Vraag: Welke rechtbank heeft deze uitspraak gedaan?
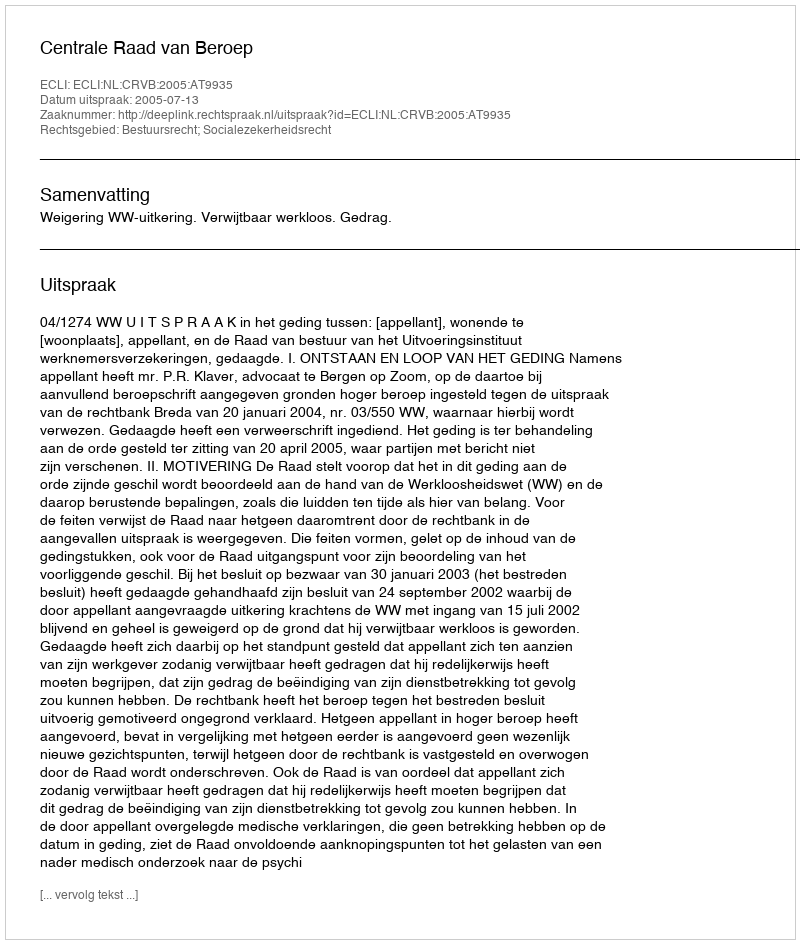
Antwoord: Centrale Raad van Beroep